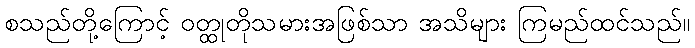
စသည်တို့ကြောင့် ဝတ္ထုတိုသမားအဖြစ်သာ အသိများ ကြမည်ထင်သည်။